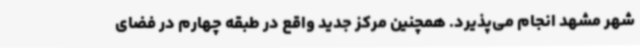
شهر مشهد انجام می‌پذیرد. همچنین مرکز جدید واقع در طبقه چهارم در فضای